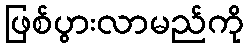
ဖြစ်ပွားလာမည်ကို